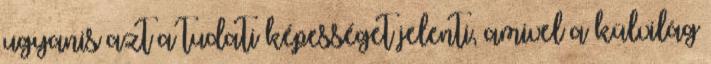
ugyanis azt a tudati képességet jelenti, amivel a külvilág